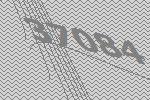
37084